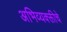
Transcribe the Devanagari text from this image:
अभिव्यक्क्तीचे